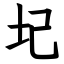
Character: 圮